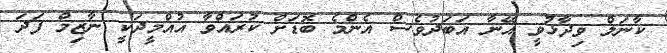
ކާނަލް ވިދާޅުވީ އޭނާ އަބަދުވެސް އެންމެ ބޮޑަށް ކުރައްވާ އުއްމީދަކީ ނާޒިމް ފަދަ